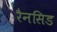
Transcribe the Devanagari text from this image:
रैनसिड